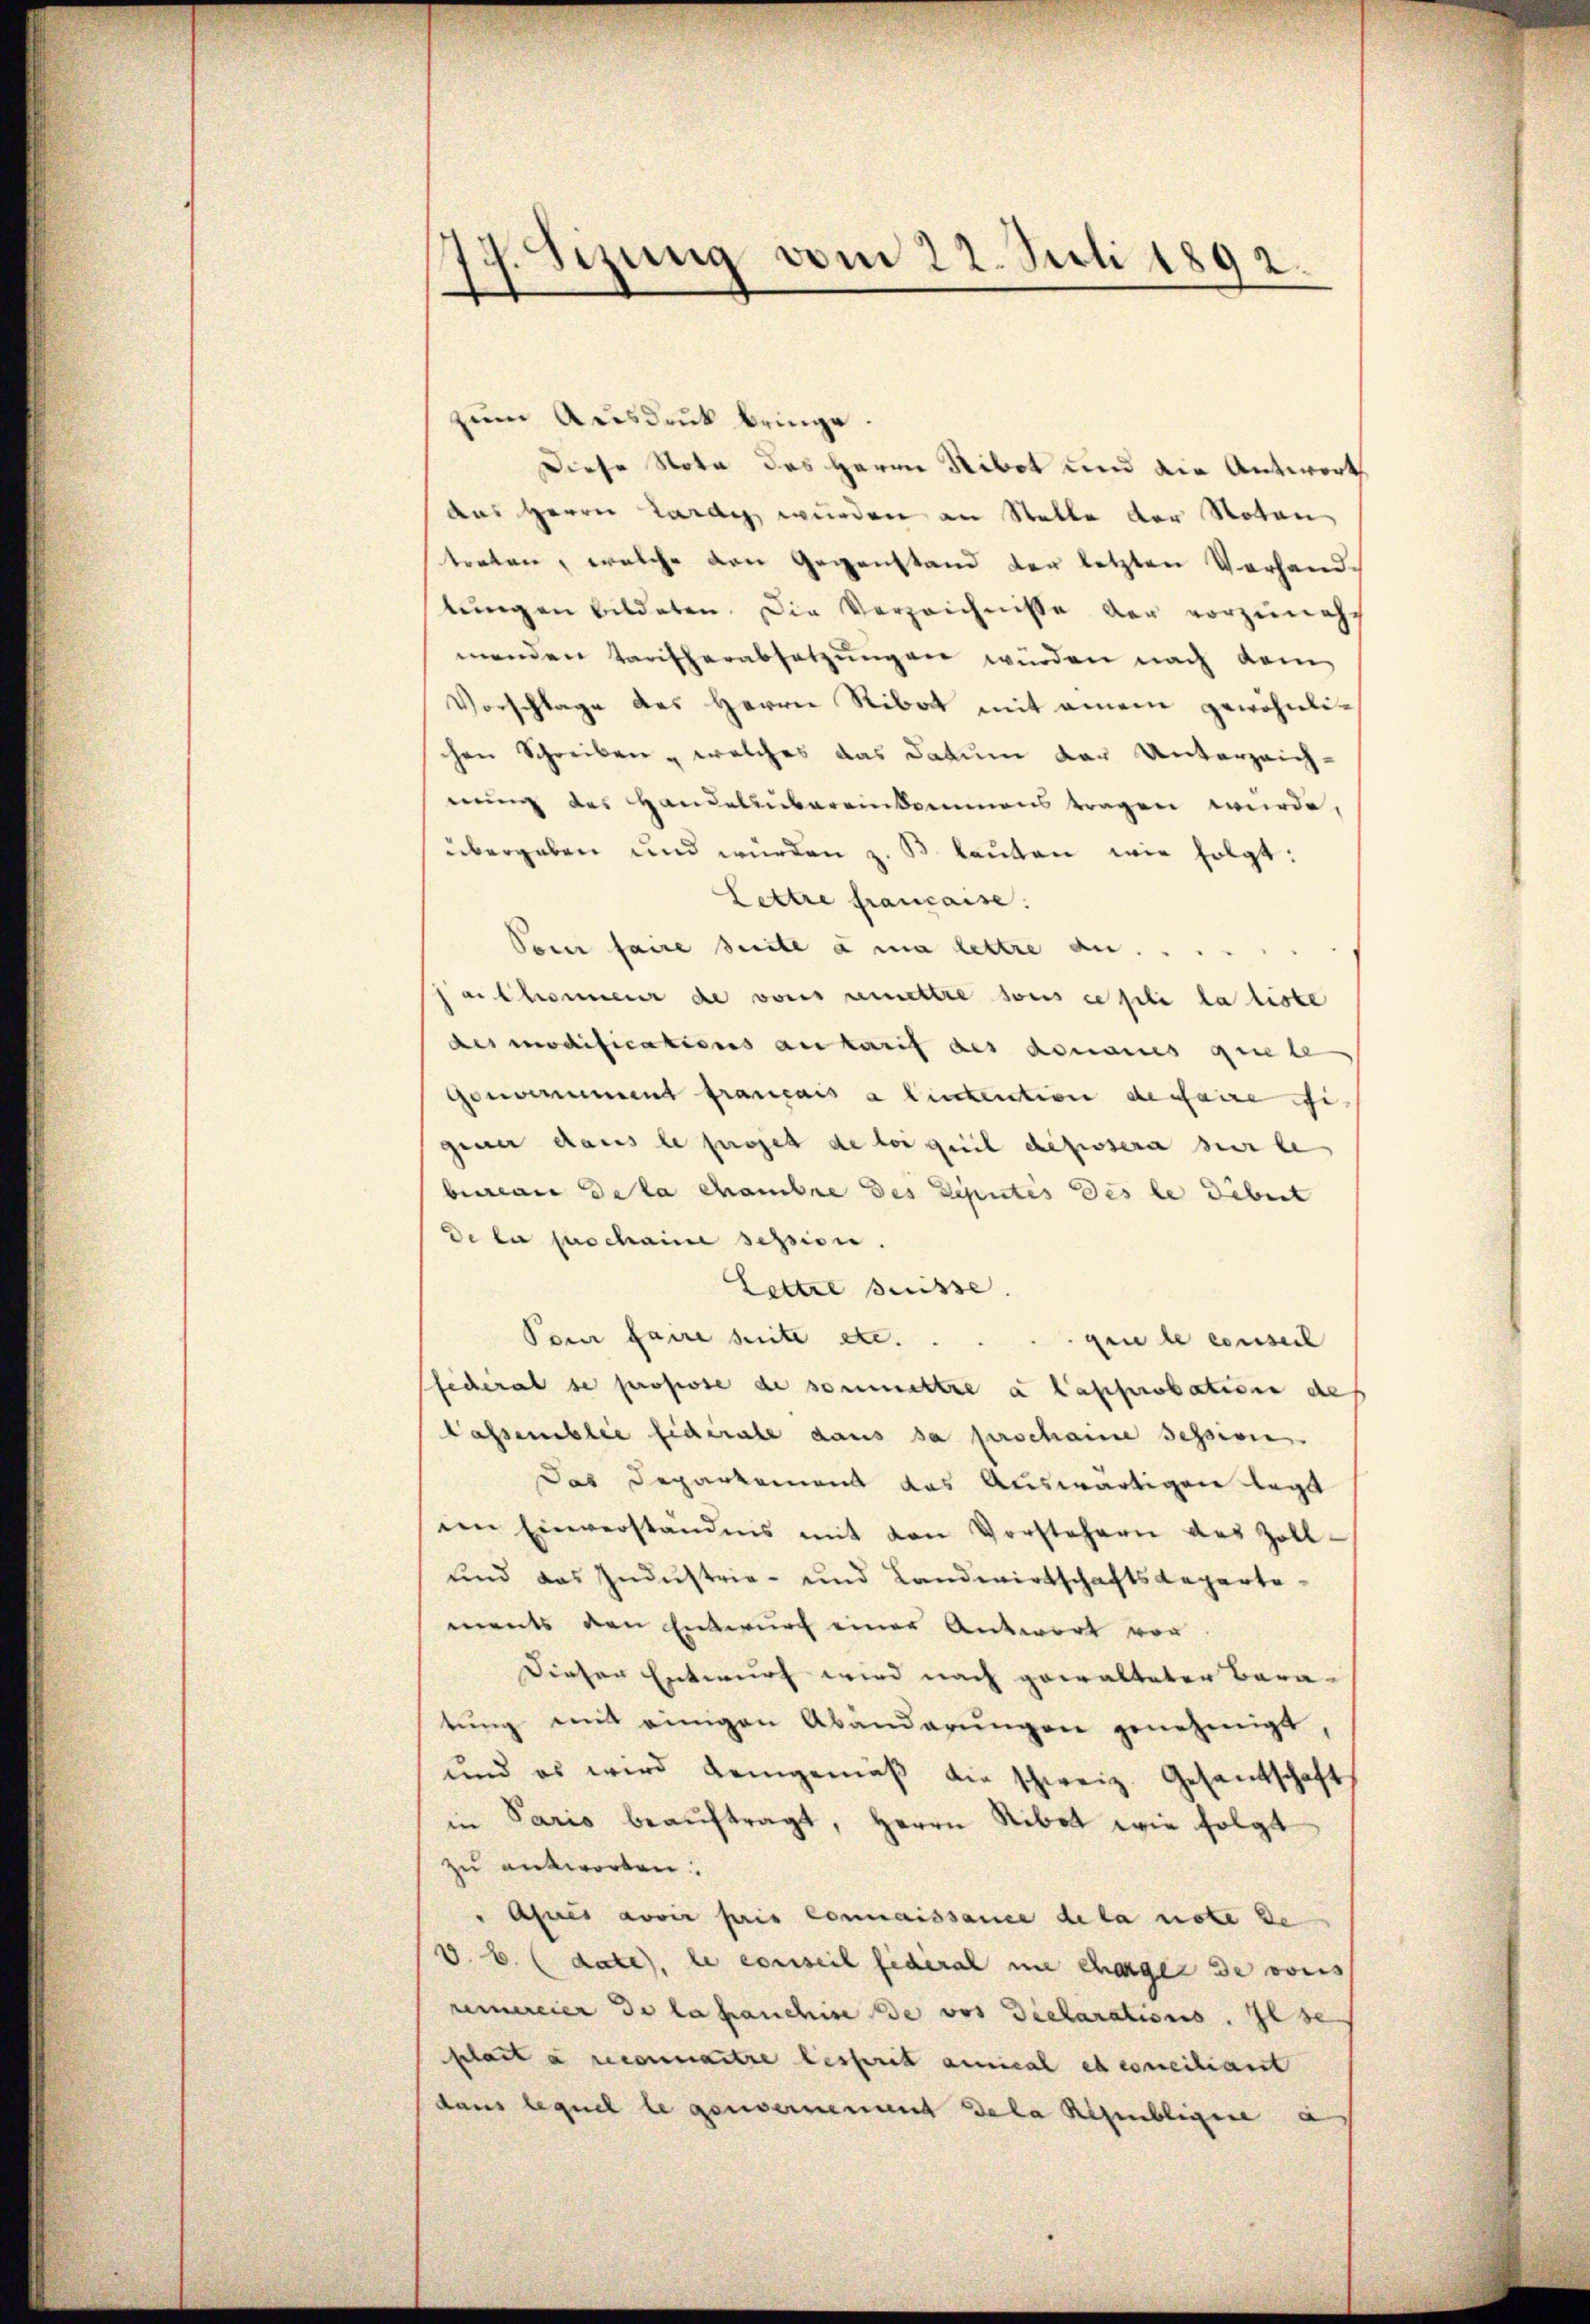
17. Sizung vom 22. Juli 1892.

zum Ausdruck bringe
Diese Nota des Herrn Sibot und die Antwort
aas Herrn Lardy wurden an Stalle der Noten
treten, welche den Gegenstand der letzten Vorhand-
lŭngen bildeten. Die Verzeichnisse der vorzuneh-
menden Tantherabsetzŭngen würden nach kom
Vorschlage des Herrn Ribat mit einem gewöhnlichen Schreiben, welches das Datum der Unterzeich-
nung des Handelsbereinkommens tragen wurde,
übergeben und würden z. B. lauten wir folgt:
Lettre française:
Soi faire suite à ma lettre an. ..
erChonneur de vons remettre sous ce sehe la liste
des modifications an karif des donaues quiete
Gewerent français a linkention dessaire si
gene dans le fusset de loi geeil dessera sur le
bureau de la chambre des Deputés des le debet
De la juschaine session.
Lettre suisse
Pour faire suite etc.
gine le conseil
fficeral se propose de soumettre a l’approbation des
Cassemblie fiderate dans sa prochaine Session.
Das Departement das Auswärtigen legt
in Einverständnis mit den Vorstehern des Zoll-
und das Industrie- und Landwirtschaftsdepartements den Entwurf einer Antwort vor
Dieser Entwurf wird nach gewalteter Bara-
tŭng mit einigen Abänderŭngen genehmigt
und es wird demgemäβ die schweiz. Gesandschaft
in Paris beaŭftragt, Herrn Ribet wie folgt
zu antworten.
" Agnes avoir pris Connaissance de la note de
V. E. (date), le conseil fideral nie charge de vors
remereier de la manchise de vor Declarations. Ilse
fchait à reconnantre lesserit annical et conciliant
dans lequel legenvernement Dala Republigene a